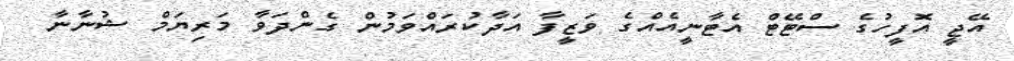
އޭޖީ އޮފީހުގެ ސްޓޭޓް އެޓާނީއެއްގެ ވަޒީފާ އަދާކުރައްވަމުން ގެންދަވާ މަރިޔަމް ޝުނާނާ